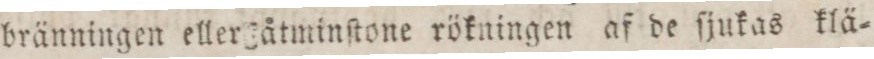
bränningen eller åtminſtone rökningen af de ſjukas klä=